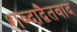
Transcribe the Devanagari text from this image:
शब्दाद्वैतवाद